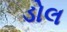
ડોલ